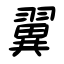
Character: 翼